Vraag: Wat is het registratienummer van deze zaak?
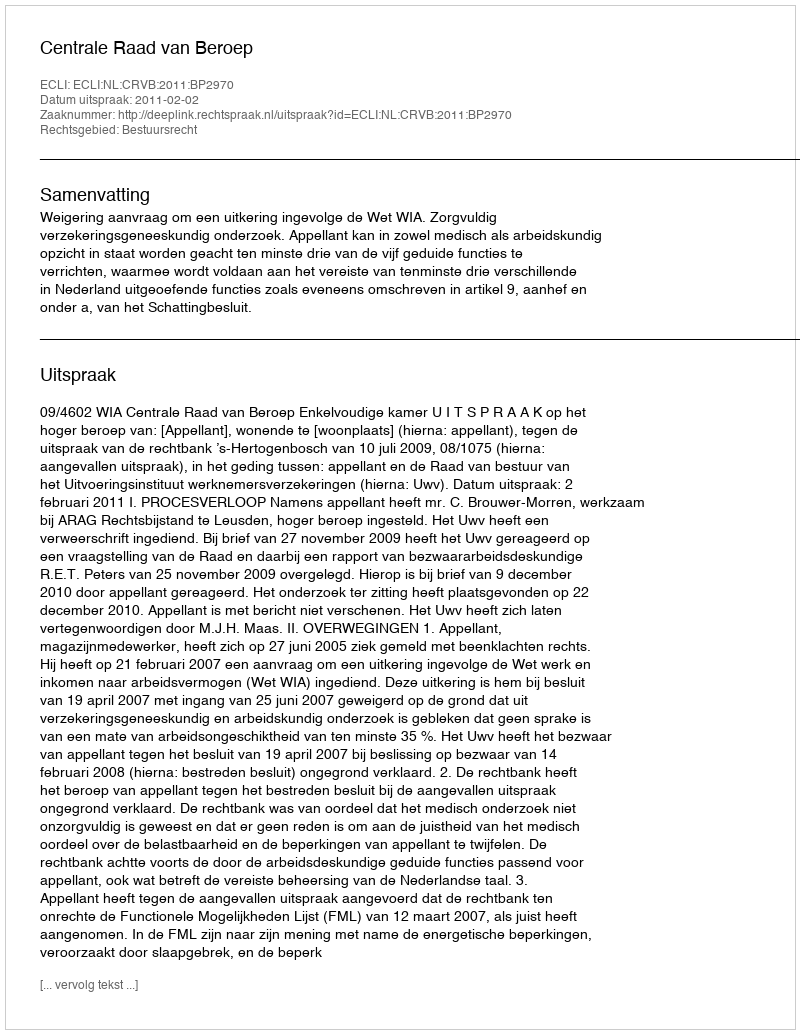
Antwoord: http://deeplink.rechtspraak.nl/uitspraak?id=ECLI:NL:CRVB:2011:BP2970